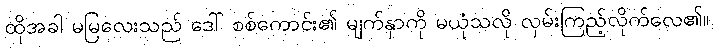
ထိုအခါ မမြလေးသည် ဒေါ် စစ်ကောင်း၏ မျက်နှာကို မယုံသလို လှမ်းကြည့်လိုက်လေ၏။